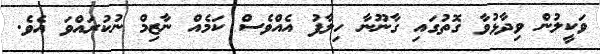
ވަކީލުން ވިދާޅުވާ ގޮތުގައި ގާނޫނާ ހިލާފު އެއްވެސް ކަމެއް ނާޒިމް ނުކުރައްވަ އެވެ.